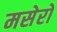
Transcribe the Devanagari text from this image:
मसेरो